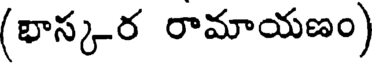
(భాస్కర రామాయణం)